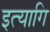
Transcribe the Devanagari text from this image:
इत्यागि